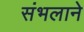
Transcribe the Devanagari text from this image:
संभलाने